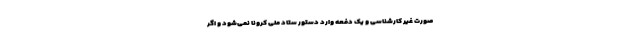
صورت غیر کارشناسی و یک دفعه وارد دستور ستاد ملی کرونا نمی‌شود و اگر